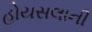
હોયસલાની